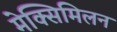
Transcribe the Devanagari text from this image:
मेक्सिमिलन